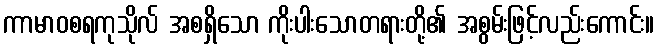
ကာမာဝစရကုသိုလ် အစရှိသော ကိုးပါးသောတရားတို့၏ အစွမ်းဖြင့်လည်းကောင်း။